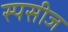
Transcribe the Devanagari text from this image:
स्पसीज